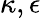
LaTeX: \kappa,\epsilon